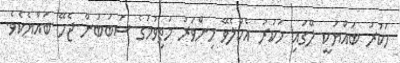
ހަކުރު ބައްޔަކީ ލޭގައި ހަކުރު އެކުލެވޭ މިންވަރު މަތިވުމުގެ ސަބަބުން ޖެހޭ ބައްޔެކެވެ.